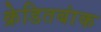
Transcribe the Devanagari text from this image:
क्रेडितबांक